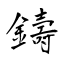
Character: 鑄